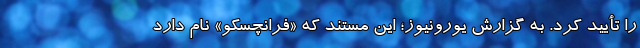
را تأیید کرد. به گزارش یورونیوز؛ این مستند که «فرانچسکو» نام دارد